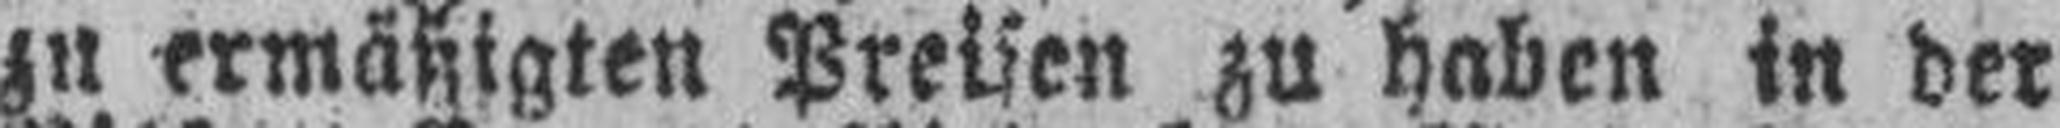
zu ermäßigten Preisen zu haben in der